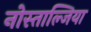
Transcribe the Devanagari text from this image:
नोस्ताल्जिया